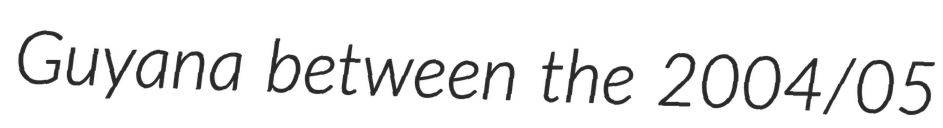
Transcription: Guyana between the 2004/05